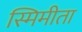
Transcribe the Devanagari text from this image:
स्मिमीता